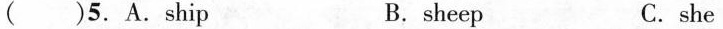
( )5.A.ship B.sheep C.she